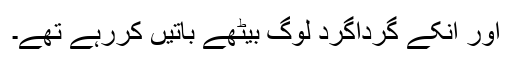
اور انکے گرداگرد لوگ بیٹھے باتیں کررہے تھے۔